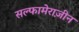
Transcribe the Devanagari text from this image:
सल्फामेराज़ीन